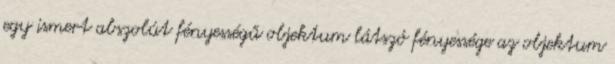
egy ismert abszolút fényességű objektum látszó fényessége az objektum